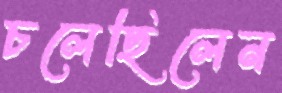
চলেছিলেন